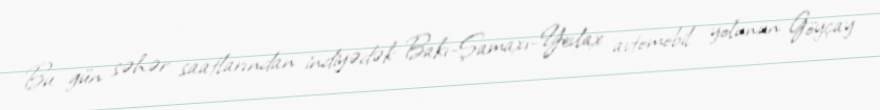
Bu gün səhər saatlarından indiyədək Bakı-Şamaxı-Yevlax avtomobil yolunun Göyçay